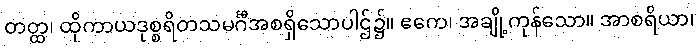
တတ္ထ၊ ထိုကာယဒုစ္စရိတသမင်္ဂီအစရှိသောပါဌ်၌။ ဧကေ၊ အချို့ကုန်သော။ အာစရိယာ၊